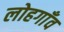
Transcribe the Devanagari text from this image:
लोहगाँव